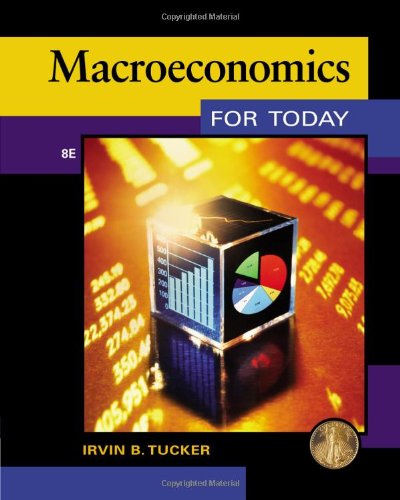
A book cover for Macroeconomics for Today; Irvin B. Tucker; Business & Money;